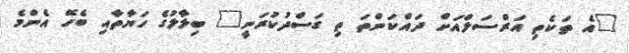
"އެ ތަކެތި އަރްސަލްއަށް ދައްކަންތަ ތި ގަސްދުކުރަނީ" ބިލާލުގެ ހަޔާތާއި ބެހޭ އެންމެ